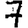
Digit: 7